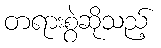
တရားစွဲဆိုသည့်